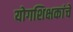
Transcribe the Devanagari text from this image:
योगशिक्षकांचे